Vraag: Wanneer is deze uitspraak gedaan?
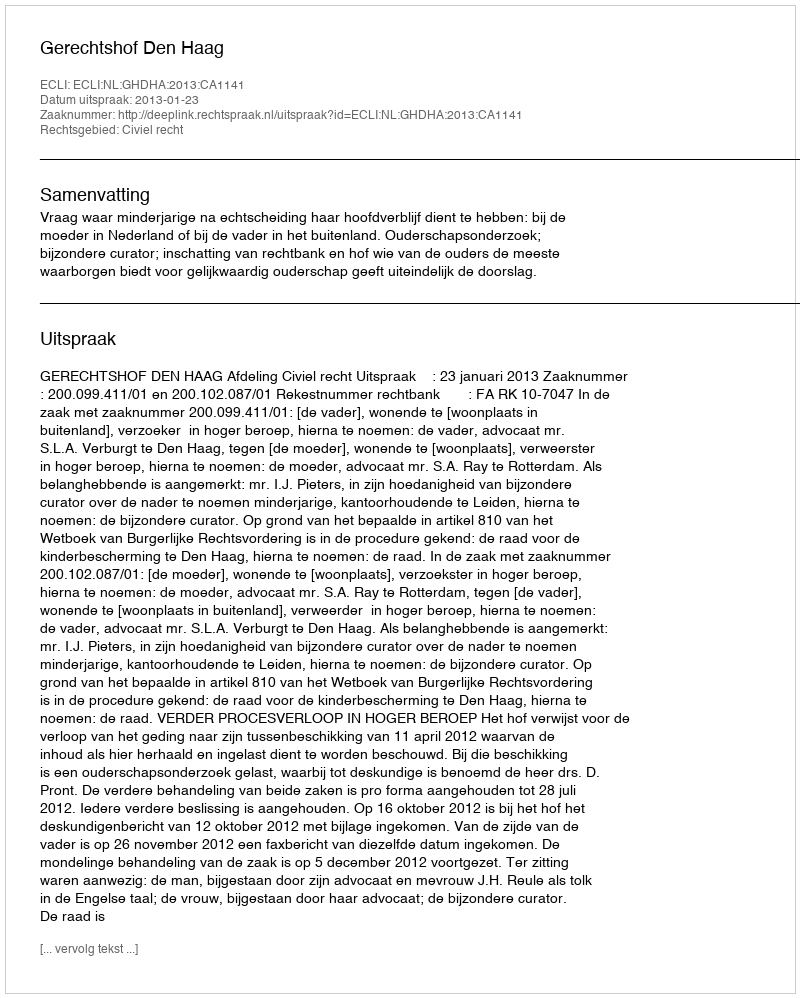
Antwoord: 2013-01-23